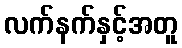
လက်နက်နှင့်အတူ